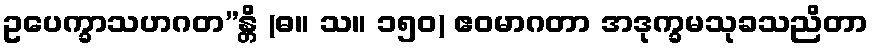
ဥပေက္ခာသဟဂတ”န္တိ (ဓ။ သ။ ၁၅၀) ဧဝမာဂတာ အဒုက္ခမသုခသညိတာ